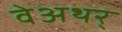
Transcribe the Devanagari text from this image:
वेअथर्